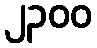
၂၃၀၀